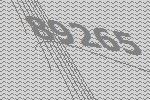
89265